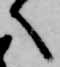
へ